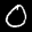
Label: 0